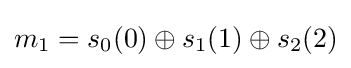
m_{1}=s_{0}(0)\oplus s_{1}(1)\oplus s_{2}(2)